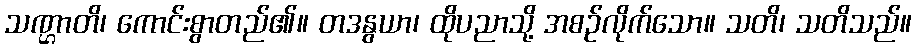
သဏ္ဌာတိ၊ ကောင်းစွာတည်၏။ တဒနွယာ၊ ထိုပညာသို့ အစဉ်လိုက်သော။ သတိ၊ သတိသည်။